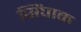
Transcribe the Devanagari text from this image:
सिंपाक